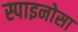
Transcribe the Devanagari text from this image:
स्पाइनोसा